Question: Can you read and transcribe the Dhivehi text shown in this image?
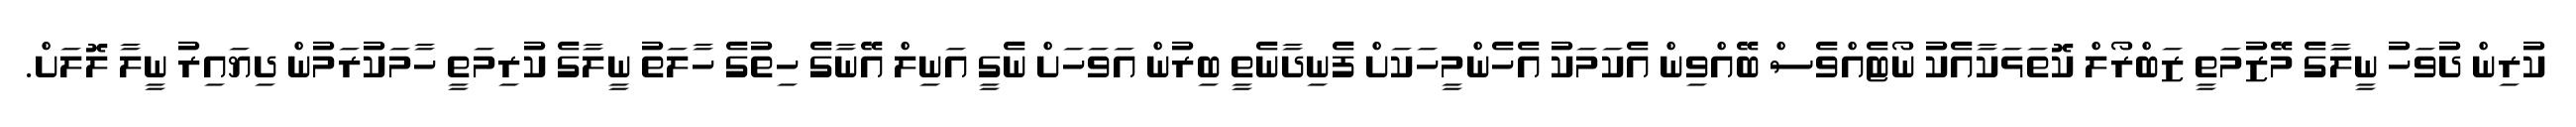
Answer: ކުރިން ދުވަހު ނީލާގެ މޭޒުމަތީ ޒަބްރޯލް ކޮތަޅަކާއެކު ނޯޓެއްވެސް ބޭއްވިން އެކަމަކު އެހެންމީހަކަށް ފެނިދާނެތީ ބިރުން އަވަހަށް ނެގީ އަނިލް އޭނާގެ ހިތުގެ ހާލަތު ނީލާގެ ކުރިމަތީ ހާމަކުރަމުން ދިޔައިރު ނީލާ ލޮލަށް.